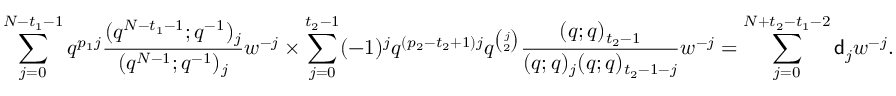
\sum _ { j = 0 } ^ { N - t _ { 1 } - 1 } q ^ { p _ { 1 } j } \frac { ( q ^ { N - t _ { 1 } - 1 } ; q ^ { - 1 } ) _ { j } } { ( q ^ { N - 1 } ; q ^ { - 1 } ) _ { j } } w ^ { - j } \times \sum _ { j = 0 } ^ { t _ { 2 } - 1 } ( - 1 ) ^ { j } q ^ { ( p _ { 2 } - t _ { 2 } + 1 ) j } q ^ { \binom { j } 2 } \frac { ( q ; q ) _ { t _ { 2 } - 1 } } { ( q ; q ) _ { j } ( q ; q ) _ { t _ { 2 } - 1 - j } } w ^ { - j } = \sum _ { j = 0 } ^ { N + t _ { 2 } - t _ { 1 } - 2 } \mathsf { d } _ { j } w ^ { - j } .